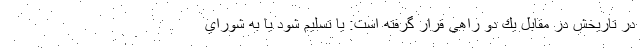
در تاريخش در مقابل يك دو راهي قرار گرفته است: يا تسليم شود يا به شوراي